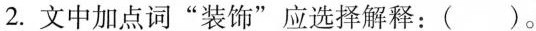
2.文中加点词”装饰”应选择解释：()。